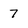
Character: 7